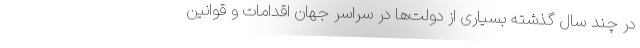
در چند سال گذشته بسیاری از دولت‌ها در سراسر جهان اقدامات و قوانین